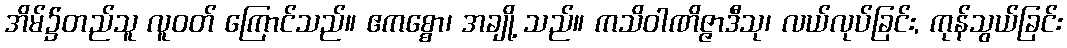
အိမ်၌တည်သူ လူဝတ် ကြောင်သည်။ ဧကစ္စော၊ အချို့ သည်။ ကသိဝါဏိဇ္ဇာဒီသု၊ လယ်လုပ်ခြင်း, ကုန်သွယ်ခြင်း